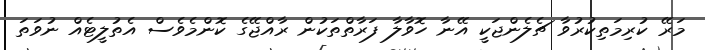
މަރޭ ކުރިމަތިކުރުވާ ޗެލެންޖަކީ އޭނާ ހޮވާލާ ފަރާތްތަކުން ރާއްޖޭގެ ކޮންމެވެސް އެތުލީޓެއް ނުވަތަ